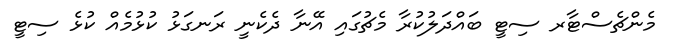
މެންޗެސްޓާރ ސިޓީ ބައްދަލުކުރާ މެޗުގައި އޭނާ ދެކެނީ ރަނގަޅު ކުޅުމެއް ކުޅެ ސިޓީ